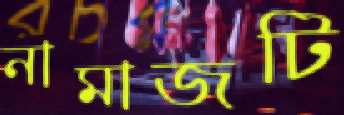
নামাজটি